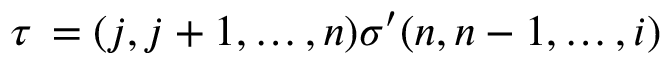
\tau \, = ( j , j + 1 , \ldots , n ) \sigma ^ { \prime } ( n , n - 1 , \ldots , i )